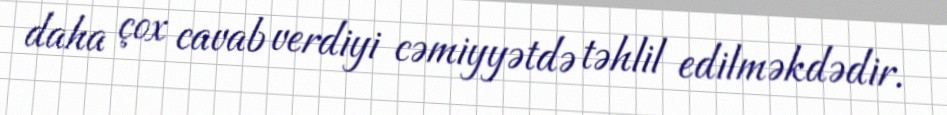
daha çox cavab verdiyi cəmiyyətdə təhlil edilməkdədir.